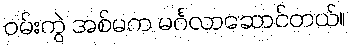
ဝမ်းကွဲ အစ်မက မင်္ဂလာဆောင်တယ်။